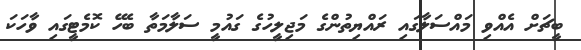
ބީޗަށް އެއްވި މައްސަލާގައި ރައްޔިތުންގެ މަޖިލީހުގެ ގައުމީ ސަލާމަތާ ބެހޭ ކޮމެޓީގައި ވާހަކަ